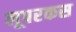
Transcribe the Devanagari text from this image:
लूपरकस